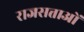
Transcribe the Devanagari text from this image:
राजसत्ताओं